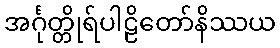
အင်္ဂုတ္တိုရ်ပါဠိတော်နိဿယ